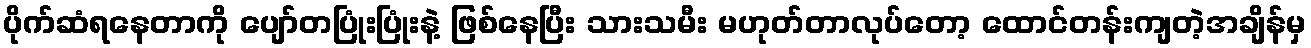
ပိုက်ဆံရနေတာကို ပျော်တပြုံးပြုံးနဲ့ ဖြစ်နေပြီး သားသမီး မဟုတ်တာလုပ်တော့ ထောင်တန်းကျတဲ့အချိန်မှ